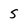
Character: S